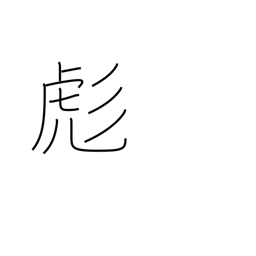
Meaning: small tiger